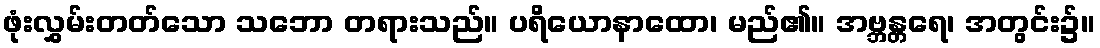
ဖုံးလွှမ်းတတ်သော သဘော တရားသည်။ ပရိယောနာထော၊ မည်၏။ အဗ္ဘန္တရေ၊ အတွင်း၌။